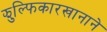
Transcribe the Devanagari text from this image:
झुल्फिकारखानाने